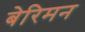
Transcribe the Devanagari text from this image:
बेरिमन